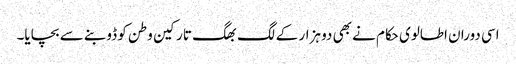
اسی دوران اطالوی حکام نے بھی دو ہزار کے لگ بھگ تارکین وطن کو ڈوبنے سے بچایا۔